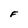
Character: F